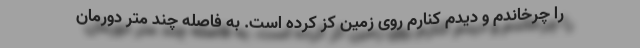
را چرخاندم و دیدم کنارم روی زمین کز کرده است. به فاصله چند متر دورمان